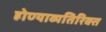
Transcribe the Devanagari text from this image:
होण्याव्यतिरिक्त